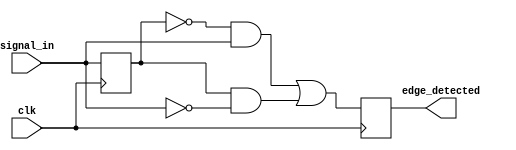
module differential_edge_detector (
    input wire clk,            // Clock input
    input wire signal_in,      // Input signal
    output reg edge_detected   // Output signal for edge detection
);

    // Memory element to store the previous state of the input signal
    reg prev_state;

    // Edge detection logic
    always @(posedge clk) begin
        // Detect edges: rising edge or falling edge
        edge_detected <= (prev_state == 0 && signal_in == 1) || (prev_state == 1 && signal_in == 0);
        
        // Update previous state
        prev_state <= signal_in;
    end

endmodule